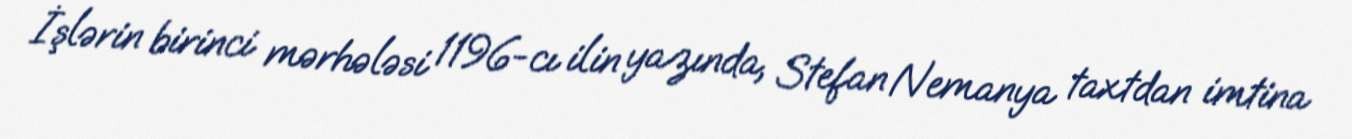
İşlərin birinci mərhələsi 1196-cı ilin yazında, Stefan Nemanya taxtdan imtina